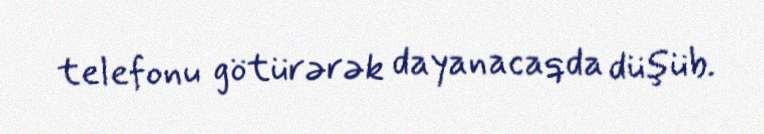
telefonu götürərək dayanacaqda düşüb.